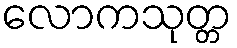
လောကသုတ္တ